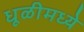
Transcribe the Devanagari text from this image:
धूळीमध्ये